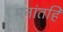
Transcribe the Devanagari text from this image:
मनांतहि